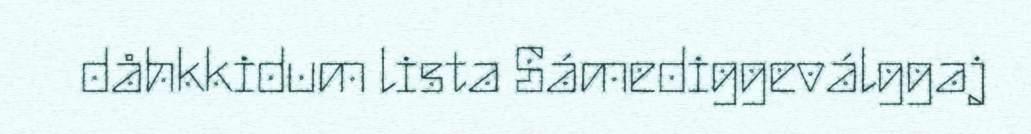
dåhkkidum lista Sámediggeválggaj